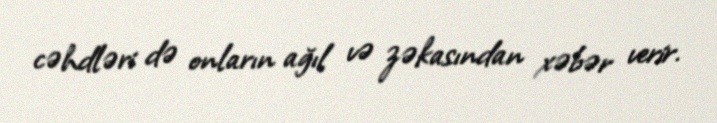
cəhdləri də onların ağıl və zəkasından xəbər verir.